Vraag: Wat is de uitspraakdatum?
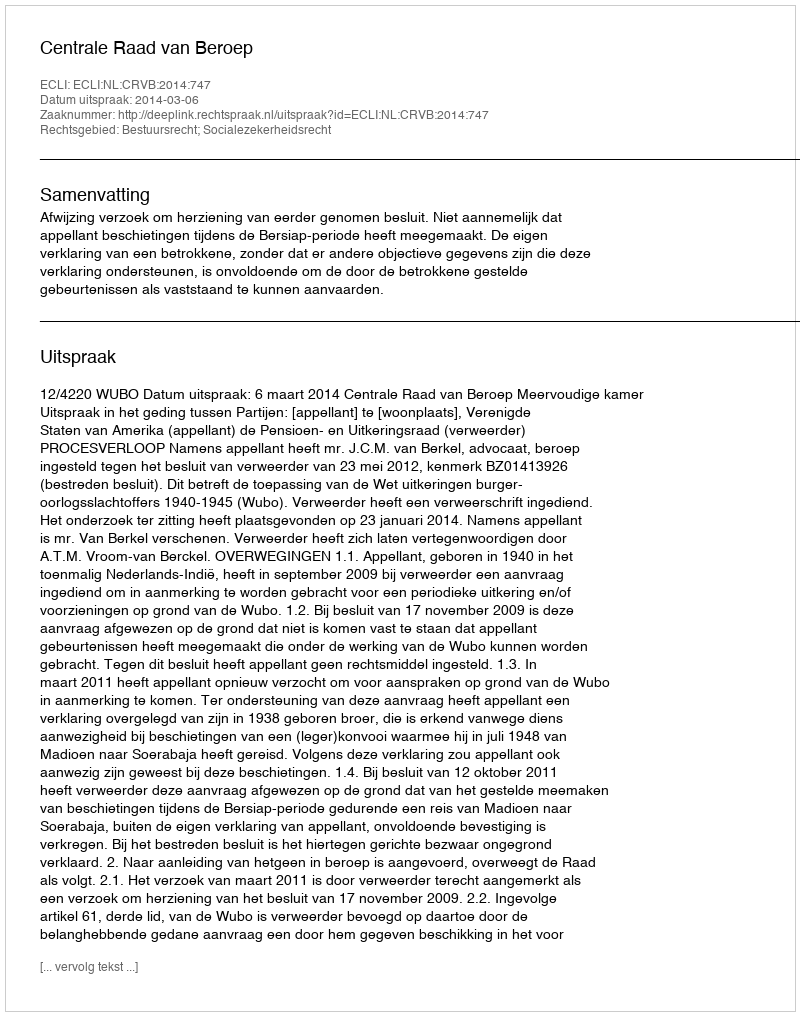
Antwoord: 2014-03-06